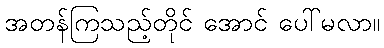
အတန်ကြသည့်တိုင် အောင် ပေါ်မလာ။